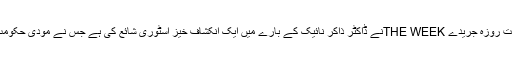
11جنوری2020 کو مشہور بھارتی ہفت روزہ جریدے THE WEEKنے ڈاکٹر ذاکر نائیک کے بارے میں ایک انکشاف خیز اسٹوری شائع کی ہے جس نے مودی حکومت کے جھوٹوںکا پردہ چاک کر دیا ہے۔